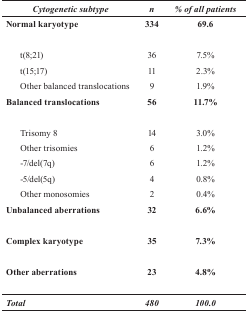
<table><thead><tr><td><b><i>Cytogenetic subtype</i></b></td><td><b><i>n</i></b></td><td><b><i>% of all patients</i></b></td></tr></thead><tbody><tr><td><b>Normal karyotype</b></td><td><b>334</b></td><td><b>69.6</b></td></tr><tr><td>t (8; 21)</td><td>36</td><td>7.5%</td></tr><tr><td>t (15; 17)</td><td>11</td><td>2.3%</td></tr><tr><td>Other balanced translocations</td><td>9</td><td>1.9%</td></tr><tr><td><b>Balanced translocations</b></td><td><b>56</b></td><td><b>11.7%</b></td></tr><tr><td>Trisomy 8</td><td>14</td><td>3.0%</td></tr><tr><td>Other trisomies</td><td>6</td><td>1.2%</td></tr><tr><td>-7/del (7q)</td><td>6</td><td>1.2%</td></tr><tr><td>-5/del (5q)</td><td>4</td><td>0.8%</td></tr><tr><td>Other monosomies</td><td>2</td><td>0.4%</td></tr><tr><td><b>Unbalanced aberrations</b></td><td><b>32</b></td><td><b>6.6%</b></td></tr><tr><td><b>Complex karyotype</b></td><td><b>35</b></td><td><b>7.3%</b></td></tr><tr><td><b>Other aberrations</b></td><td><b>23</b></td><td><b>4.8%</b></td></tr><tr><td><b><i>Total</i></b></td><td><b><i>480</i></b></td><td><b><i>100.0</i></b></td></tr></tbody></table>